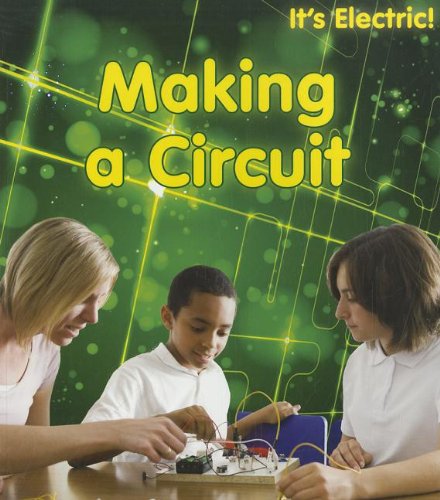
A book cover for Making a Circuit (It's Electric!); Chris Oxlade; Children's Books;